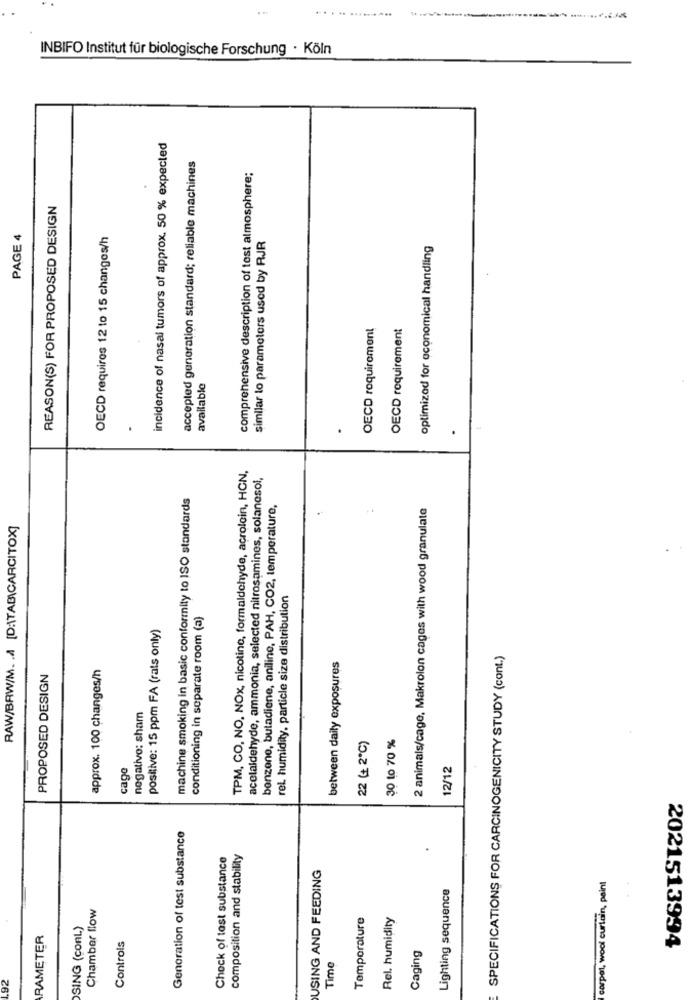
INBIFO Institut für biologische Forschung · Köln
incidence of nasal tumors of approx. 50 % expected
accepted generation standard; reliable machines
comprehensive description of test atmosphere;
REASON(S) FOR PROPOSED DESIGN
PAGE 4
OECD requires 12 to 15 changes/h
similar lo parameters used by RJR
optimized for economical handling
OECD requirement
OECD requirement
available
.
TPM, CO, NO, NOx, nicotine, formaldehyde, acrolein, HON,
acelaldehyde, ammonia, selected nitrosamines, solanesol,
machine smoking in basic conformity to ISO standards
benzene, butadiene, aniline, PAH, CO2, temperature,
2 animals/cage, Makrolon cages with wood granulate
RAW/BRW/M. A [D:\TABICARCITOX]
rel. humidity, particle size distribution
conditioning in separate room (a)
positive: 15 ppm FA (rats only)
SPECIFICATIONS FOR CARCINOGENICITY STUDY (cont.)
approx. 100 changes/h
between daily exposures
PROPOSED DESIGN
negativo: sham
30 to 70 %
22 (+ 2℃)
cage
12/12
Generation of test substance
Check of test substance
composition and stability
USING AND FEEDING
carpet, wool curtain, paint
Lighting sequence
Chamber flow
Temporature
Rel. humidity
SING (ConL)
RAMETER
Controls
Caging
2021513994
Time
.92